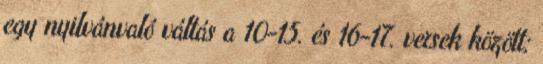
egy nyilvánvaló váltás a 10-15. és 16-17. versek között;